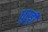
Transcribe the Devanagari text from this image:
धुरड्डी